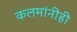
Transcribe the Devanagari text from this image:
कलमांनीही